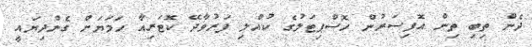
ދެން ތިބި ތިން އޮފިސަރުން ހޮސްޕިޓަލުގެ ކުއްލި ފަރުވާދޭ ކޮޓަރިއާ ހަމަޔަށް ގެންދިޔައީ